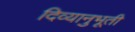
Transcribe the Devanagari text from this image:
दिव्यानुभूती